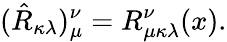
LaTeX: (\hat{R}_{\kappa\lambda})_{\mu}^{\nu}=R_{\mu\kappa\lambda}^{\nu}(x).